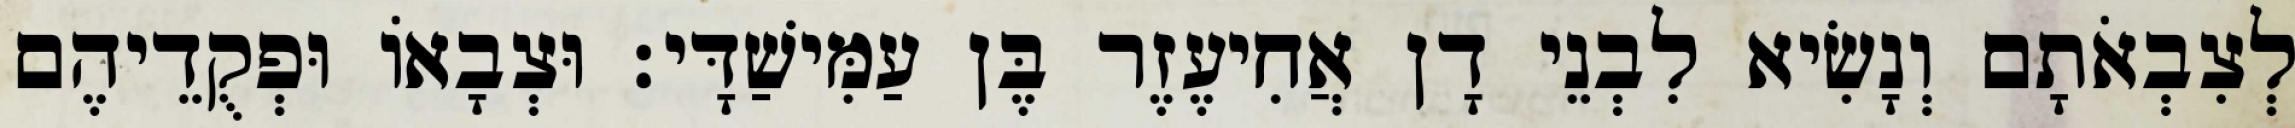
לְצִבְאֹתָם וְנָשִׂיא לִבְנֵי דָן אֲחִיעֶזֶר בֶּן עַמִּישַׁדָּי׃ וּצְבָאוֹ וּפְקֻדֵיהֶם